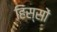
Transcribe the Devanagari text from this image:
हिस्‍सों